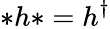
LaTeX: *h*=h^{\dagger}